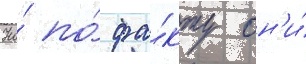
Но́ по́ фа́кту он'и́